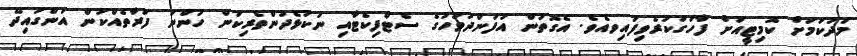
މަދުކަމަށް ކޮމިޓީއަށް ފާހަގަކުރެވިފައިވއެވެ. އެގޮތުން އުފަންދުވަހުގެ ސެޓްފިކެޓާއި ނުކުޅެދުންތެރިކަން ހުންނަ ފަރާތެއްކަން އަންގައިދޭ